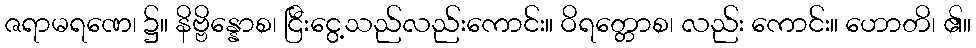
ဇရာမရဏေ၊ ၌။ နိဗ္ဗိန္နောစ၊ ငြီးငွေ့သည်လည်းကောင်း။ ဝိရတ္တောစ၊ လည်း ကောင်း။ ဟောတိ၊ ၏။